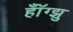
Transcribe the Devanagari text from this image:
हॉँग्झु